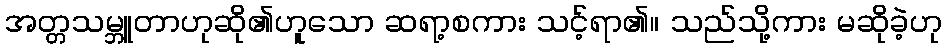
အတ္တသမ္ဘူတာဟုဆို၏ဟူသော ဆရာ့စကား သင့်ရာ၏။ သည်သို့ကား မဆိုခဲ့ဟု